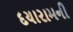
દયારામની